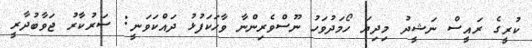
ކުރީގެ ރައީސް ނަޝީދު މިދިޔަ ހޯމަދުވަހު ނޫސްވެރިންނާ ވާހަކަފުޅު ދައްކަވަނީ: ސަރުކާރު ޖަވާބުދާރީ